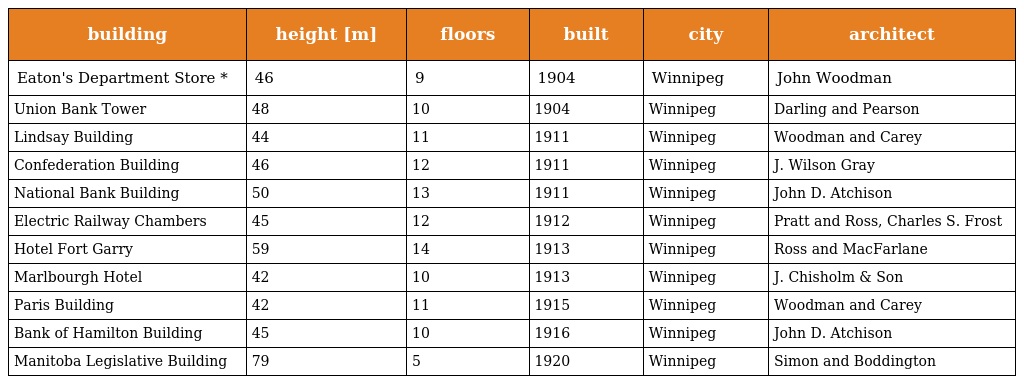
| building | height [m] | floors | built | city | architect |
 | --- | --- | --- | --- | --- | --- |
 | Eaton's Department Store * | 46 | 9 | 1904 | Winnipeg | John Woodman |
 | Union Bank Tower | 48 | 10 | 1904 | Winnipeg | Darling and Pearson |
 | Lindsay Building | 44 | 11 | 1911 | Winnipeg | Woodman and Carey |
 | Confederation Building | 46 | 12 | 1911 | Winnipeg | J. Wilson Gray |
 | National Bank Building | 50 | 13 | 1911 | Winnipeg | John D. Atchison |
 | Electric Railway Chambers | 45 | 12 | 1912 | Winnipeg | Pratt and Ross, Charles S. Frost |
 | Hotel Fort Garry | 59 | 14 | 1913 | Winnipeg | Ross and MacFarlane |
 | Marlbourgh Hotel | 42 | 10 | 1913 | Winnipeg | J. Chisholm & Son |
 | Paris Building | 42 | 11 | 1915 | Winnipeg | Woodman and Carey |
 | Bank of Hamilton Building | 45 | 10 | 1916 | Winnipeg | John D. Atchison |
 | Manitoba Legislative Building | 79 | 5 | 1920 | Winnipeg | Simon and Boddington |